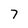
Character: 7